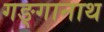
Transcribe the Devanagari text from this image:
गङ्गानाथ